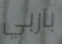
باربي